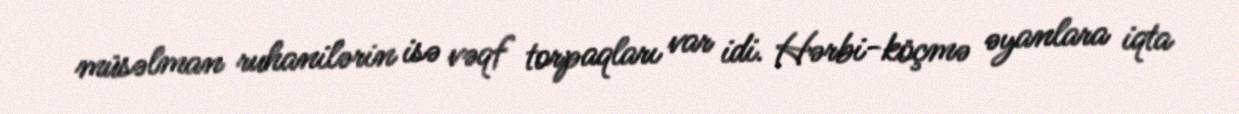
müsəlman ruhanilərin isə vəqf torpaqları var idi. Hərbi-köçmə əyanlara iqta